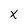
Character: X